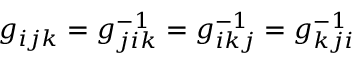
g _ { i j k } = g _ { j i k } ^ { - 1 } = g _ { i k j } ^ { - 1 } = g _ { k j i } ^ { - 1 }